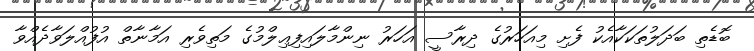
ބޮޑެތި ބަދަލުތަކަކާއެކު ފެށި މިއަހަރުގެ ދިރާސީ އަހަރު ނިންމާލައިފިޢިލްމުގެ މަތިވެރި އަމާނާތް އުފުއްލަވާދެއްވާ